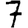
Digit: 7